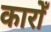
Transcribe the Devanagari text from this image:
कारोँ